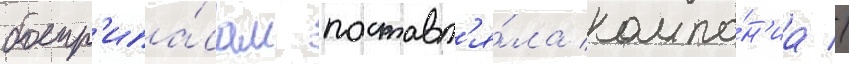
боепр'ипа́сам поставл'я́ла компа́н'иа //